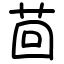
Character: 茴